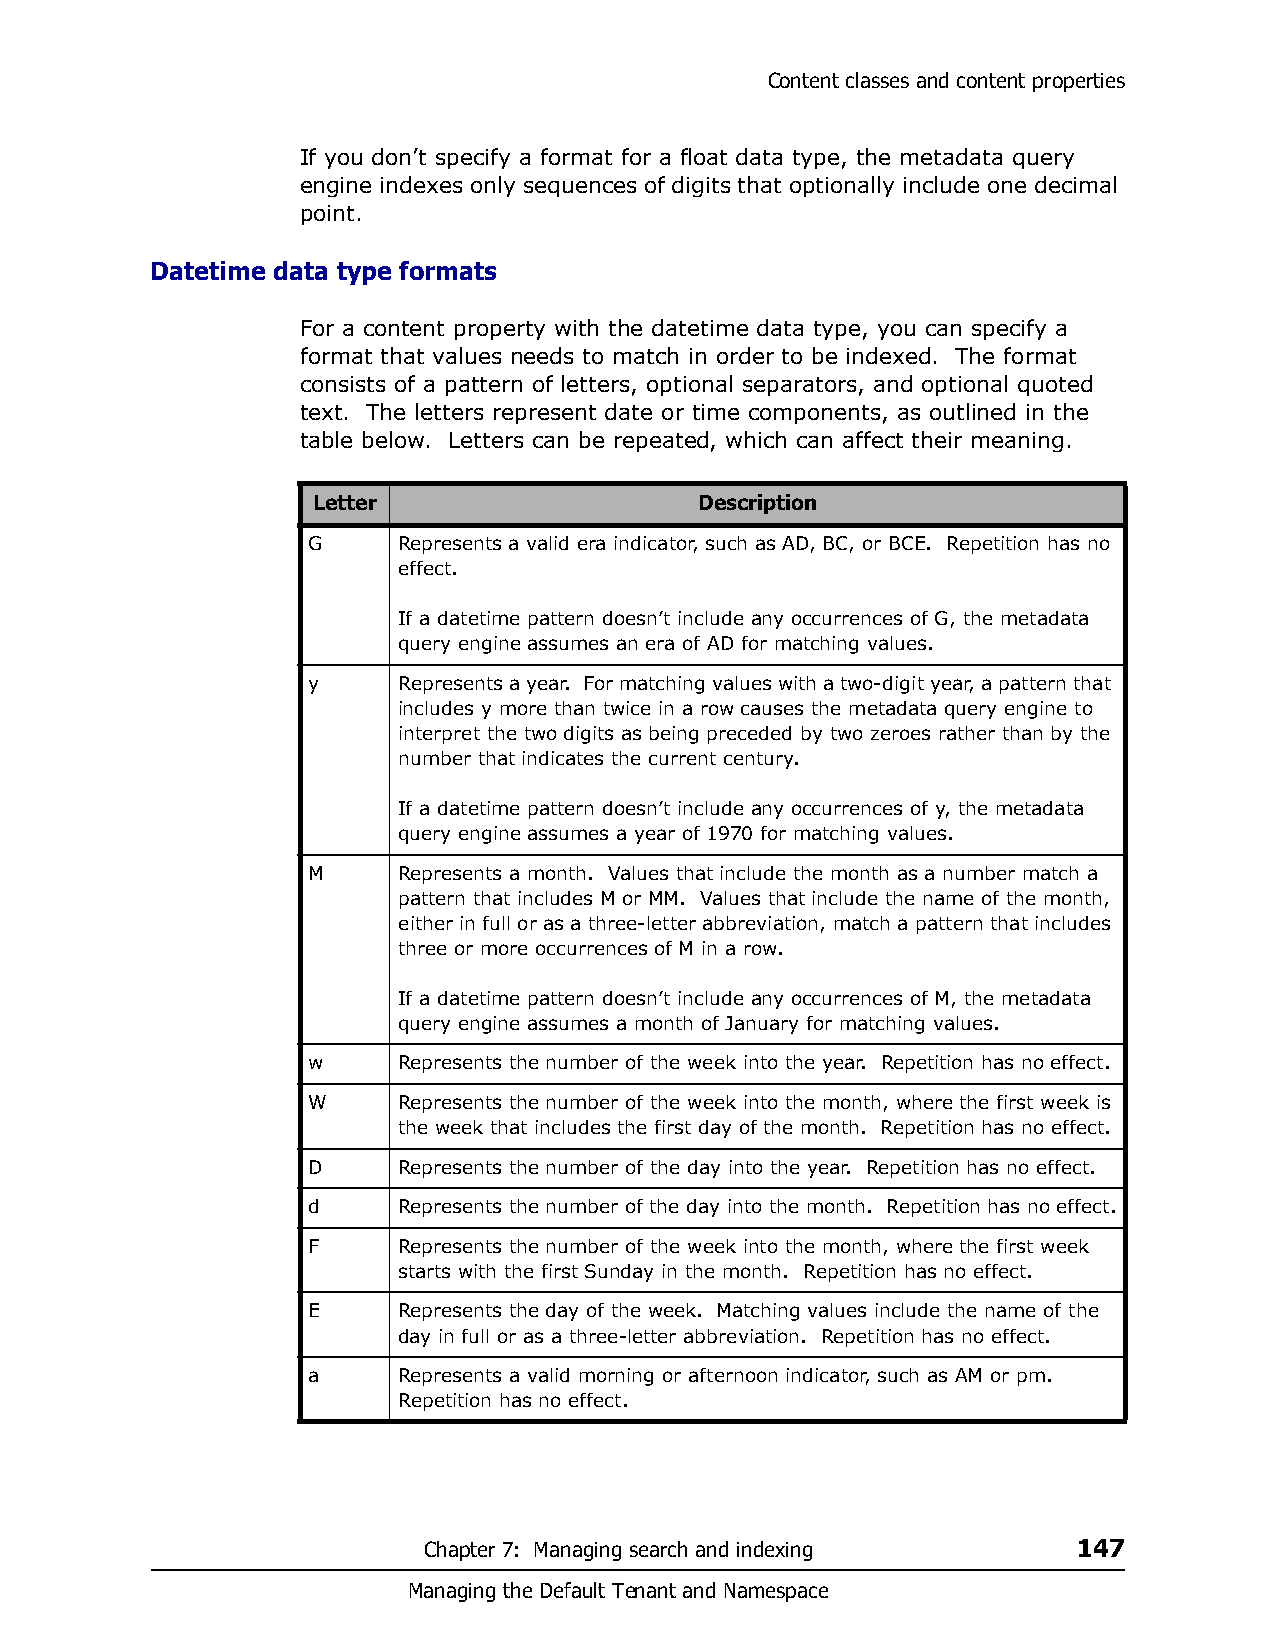
Content classes and content properties
 If you don’t specify a format for a float data type, the metadata query
 engine indexes only sequences of digits that optionally include one decimal
 point.
 Datetime data type formats
 For a content property with the datetime data type, you can specify a
 format that values needs to match in order to be indexed. The format
 consists of a pattern of letters, optional separators, and optional quoted
 text. The letters represent date or time components, as outlined in the
 table below. Letters can be repeated, which can affect their meaning.
 Letter                   Description
 G     Represents a valid era indicator, such as AD, BC, or BCE. Repetition has no
 effect.
 If a datetime pattern doesn’t include any occurrences of G, the metadata
 query engine assumes an era of AD for matching values.
 y     Represents a year. For matching values with a two-digit year, a pattern that
 includes y more than twice in a row causes the metadata query engine to
 interpret the two digits as being preceded by two zeroes rather than by the
 number that indicates the current century.
 If a datetime pattern doesn’t include any occurrences of y, the metadata
 query engine assumes a year of 1970 for matching values.
 M     Represents a month. Values that include the month as a number match a
 pattern that includes M or MM. Values that include the name of the month,
 either in full or as a three-letter abbreviation, match a pattern that includes
 three or more occurrences of M in a row.
 If a datetime pattern doesn’t include any occurrences of M, the metadata
 query engine assumes a month of January for matching values.
 w     Represents the number of the week into the year. Repetition has no effect.
 W     Represents the number of the week into the month, where the first week is
 the week that includes the first day of the month. Repetition has no effect.
 D     Represents the number of the day into the year. Repetition has no effect.
 d     Represents the number of the day into the month. Repetition has no effect.
 F     Represents the number of the week into the month, where the first week
 starts with the first Sunday in the month. Repetition has no effect.
 E     Represents the day of the week. Matching values include the name of the
 day in full or as a three-letter abbreviation. Repetition has no effect.
 a     Represents a valid morning or afternoon indicator, such as AM or pm.
 Repetition has no effect.
 Chapter 7: Managing search and indexing    147
 Managing the Default Tenant and Namespace